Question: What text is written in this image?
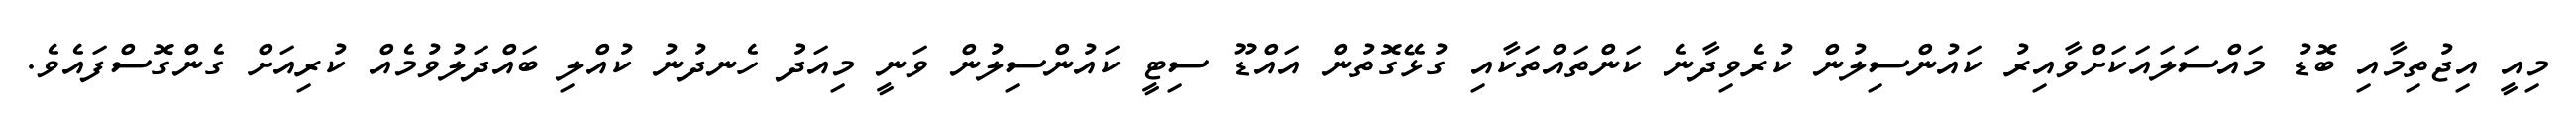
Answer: މިއީ އިޖުތިމާއި ބޮޑު މައްސަލައަކަށްވާއިރު ކައުންސިލުން ކުރެވިދާނެ ކަންތައްތަކާއި ގުޅޭގޮތުން އައްޑޫ ސިޓީ ކައުންސިލުން ވަނީ މިއަދު ހެނދުނު ކުއްލި ބައްދަލުވުމެއް ކުރިއަށް ގެންގޮސްފައެވެ.